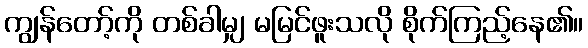
ကျွန်တော့်ကို တစ်ခါမျှ မမြင်ဖူးသလို စိုက်ကြည့်နေ၏။